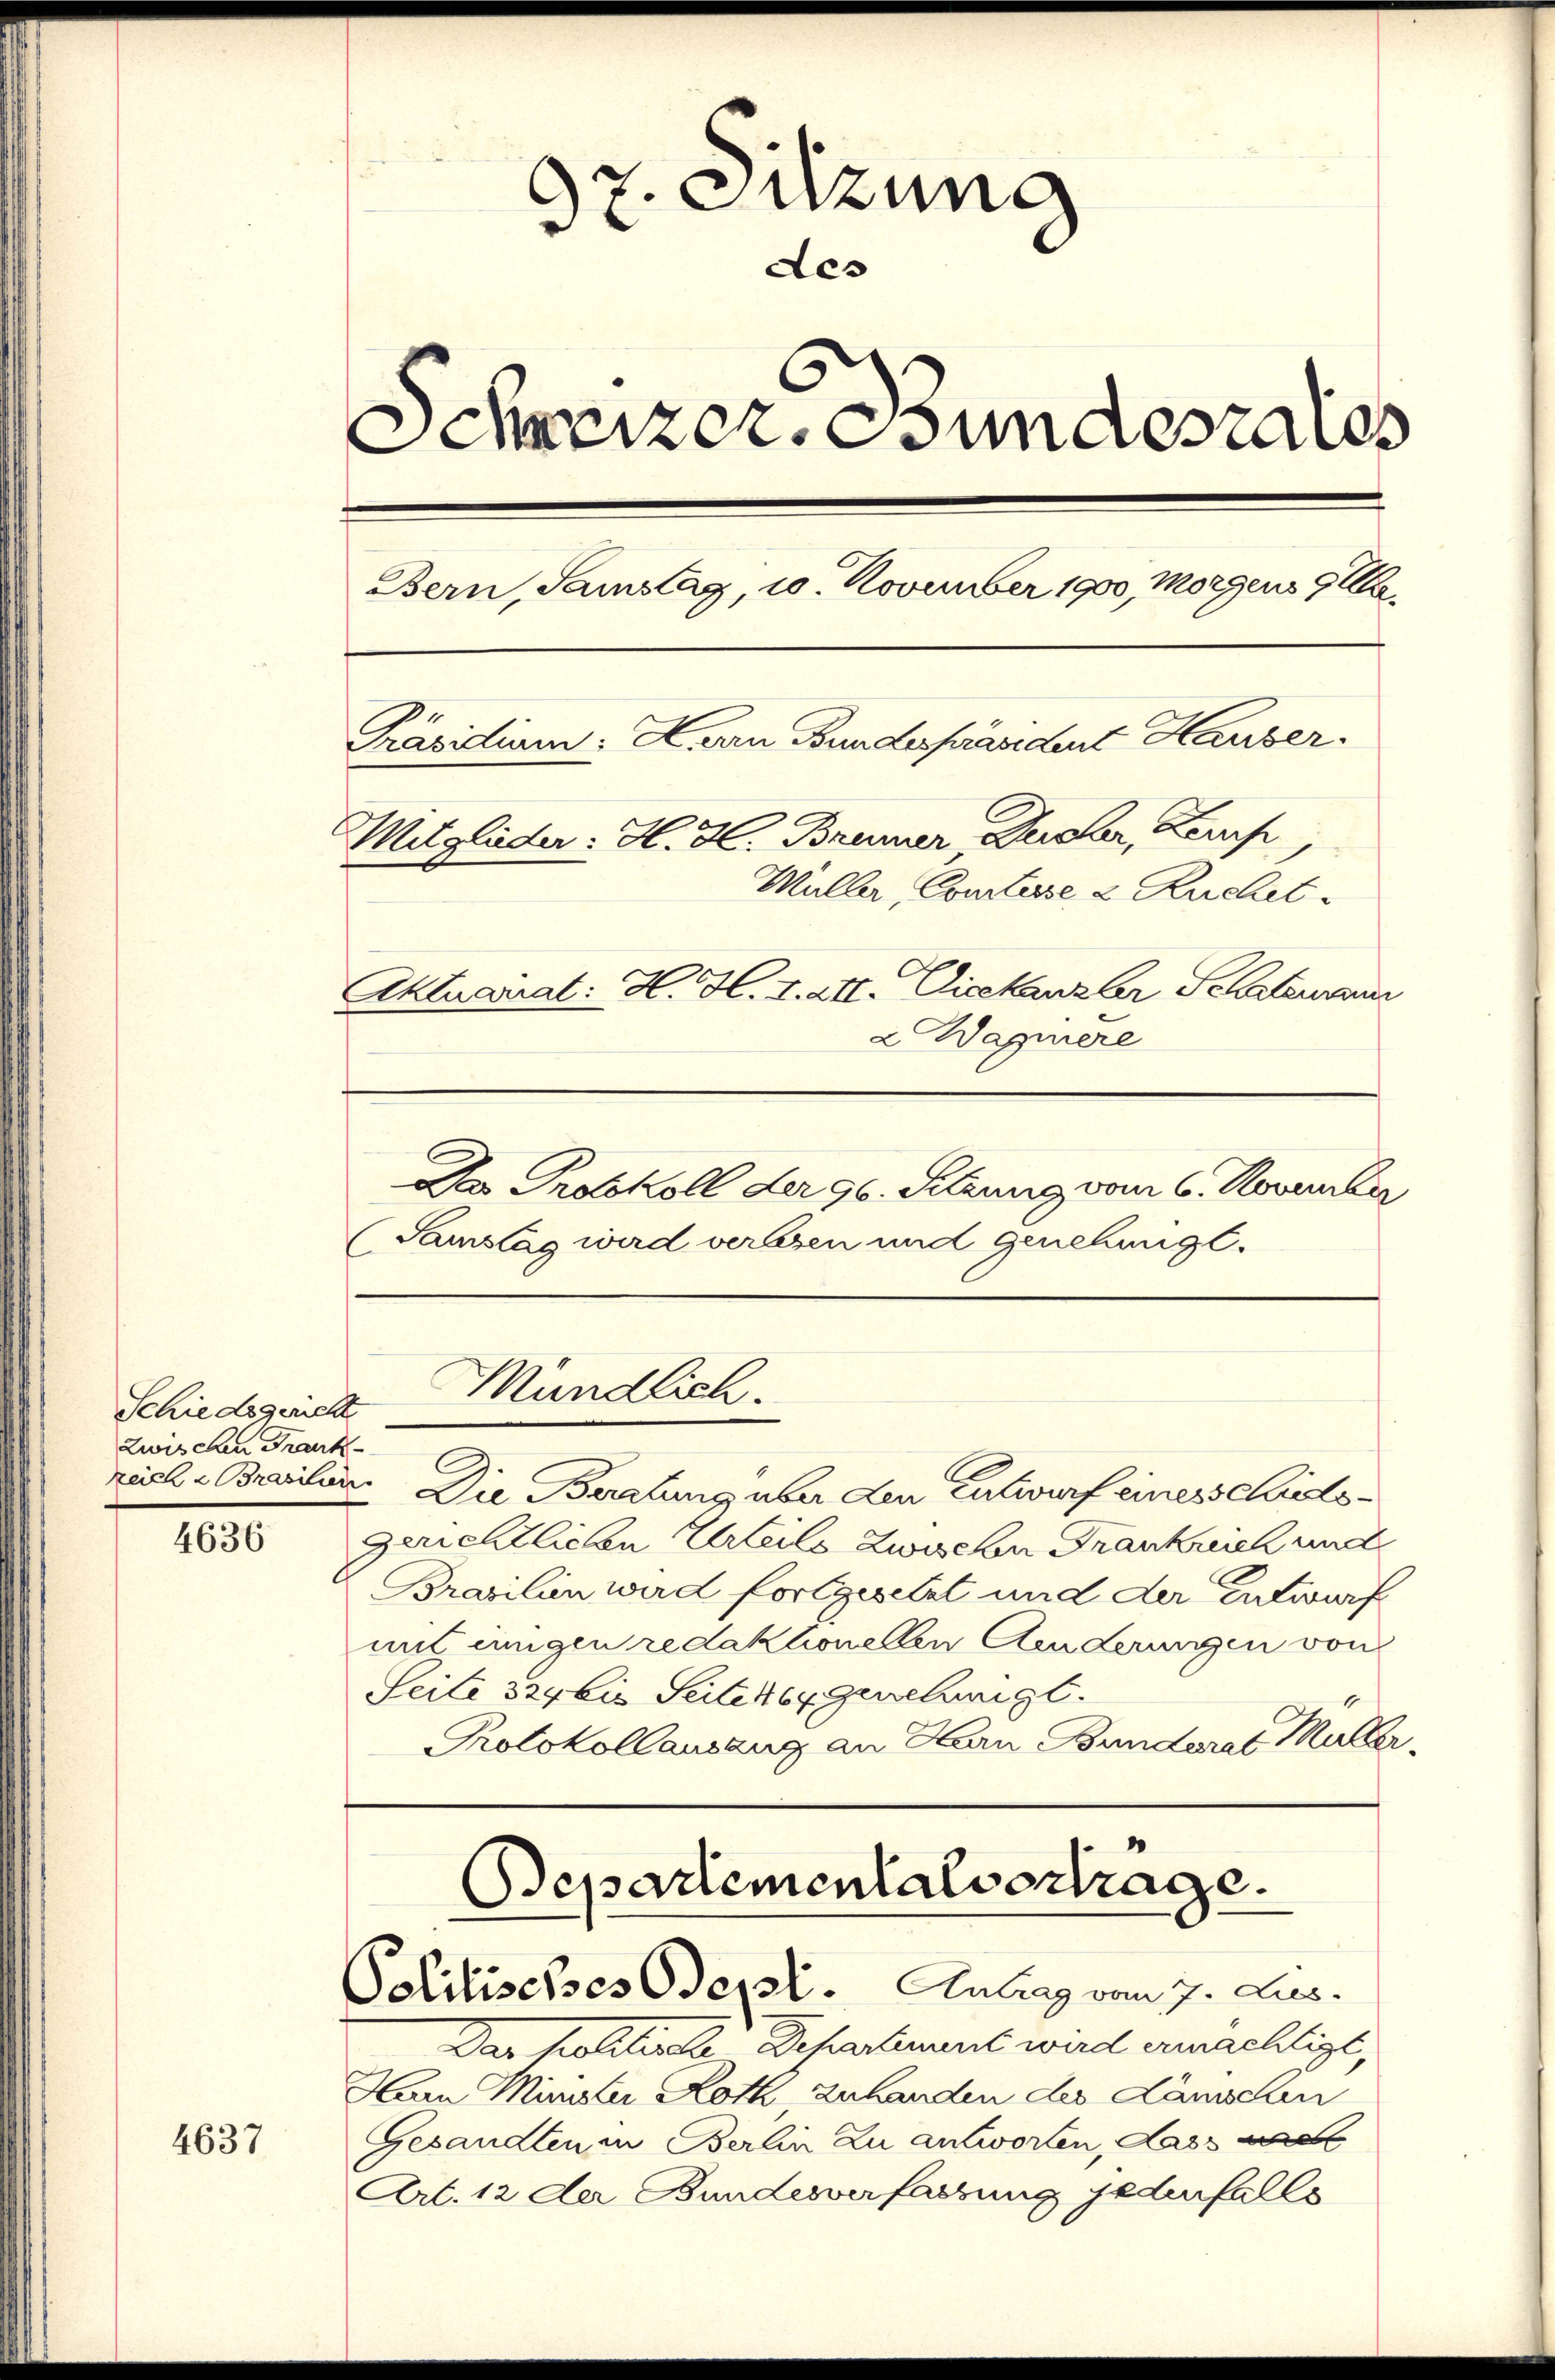
Schiedsgericht
Zwischen Frank

4636

4637

97. Sitzung
des
Schreizer, Bundesrates
Bern, Samstag, 10. November 1900, Morgens 9 U
Präsidium: Herrn Bundespräsident Hauser.
Mitglieder: H. H. Braumer Durcher, Zerf
Müller, Comtesse & Ruchet.
Aktuariat: H. H. I. III. Vicekanzler Schatzmann
2 Wagnere

Da Protokoll der 96. Setzung vom 6. November
(Samstag wird verlesen und genehmigt.
viele Baarilen. Die Beratung über den Entwurf einesselsto¬
Gerichtlichen Urteils Zwischen Frankreich und
Brasilien wird fortgesetzt und der Entwurf
mit einigen redaktionellen Aenderungen von
Seite 324 bis Seite 464 genehmigt.
Protokollauszug an Herrn Bunderat Müller

Mündlich.

Departementalvertrage.
Politisches Odert. Antrag vom 7. Jus

Das Politiale Departement wird ermächtigt,
Hain Minister Roth, zuhanden des Kämschen
Gesandten in Berlin zu antworten, dass m
Art. 12 der Bundesverfassung jedenfalls